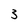
Character: 3